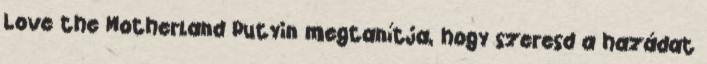
Love the Motherland Putyin megtanítja, hogy szeresd a hazádat